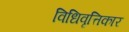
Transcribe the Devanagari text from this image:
विधिवृत्तिकार